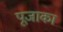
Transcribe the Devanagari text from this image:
पूजाका